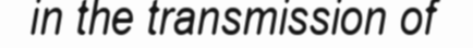
in the transmission of